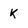
Character: K